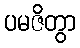
ပမဇိတွာ